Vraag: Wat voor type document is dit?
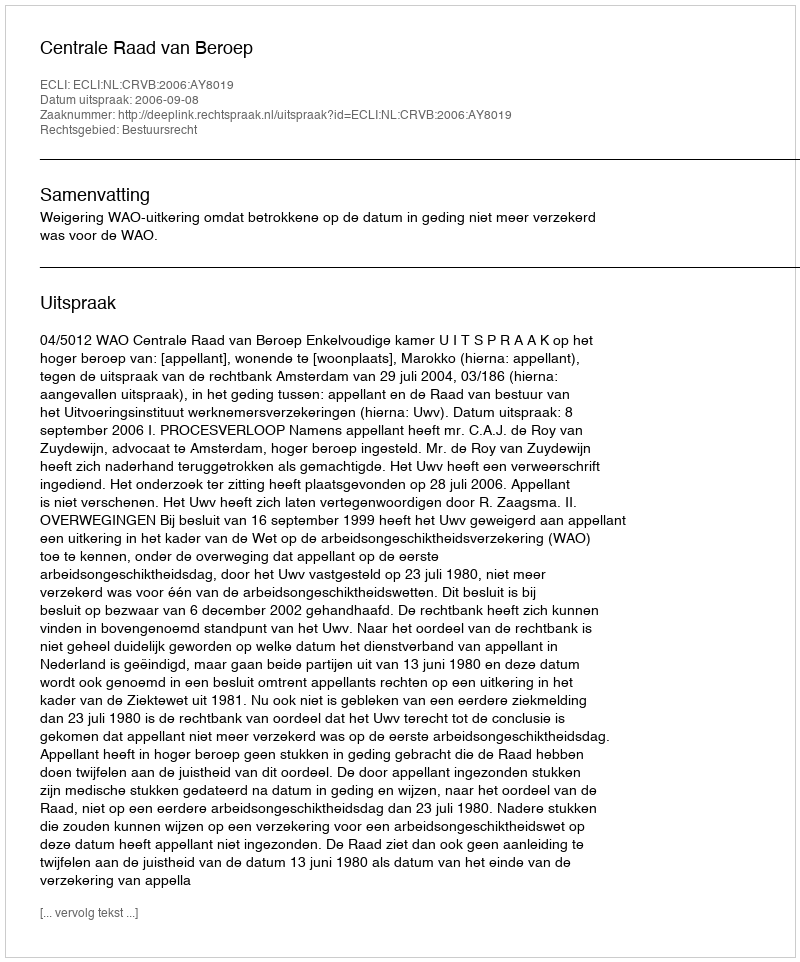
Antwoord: Uitspraak